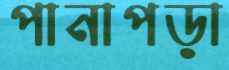
পানাপড়া